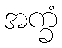
အက္ခံ